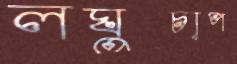
লঘুচাপ